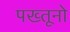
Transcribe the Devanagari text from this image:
पख्तूनो